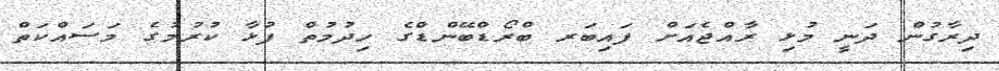
ދިރާގުން ދަނީ މުޅި ރާއްޖެއަށް ފައިބަރ ބްރޯޑްބޭންޑްގެ ހިދުމުތް ފުޅާ ކުރުމުގެ މަސައްކަތް